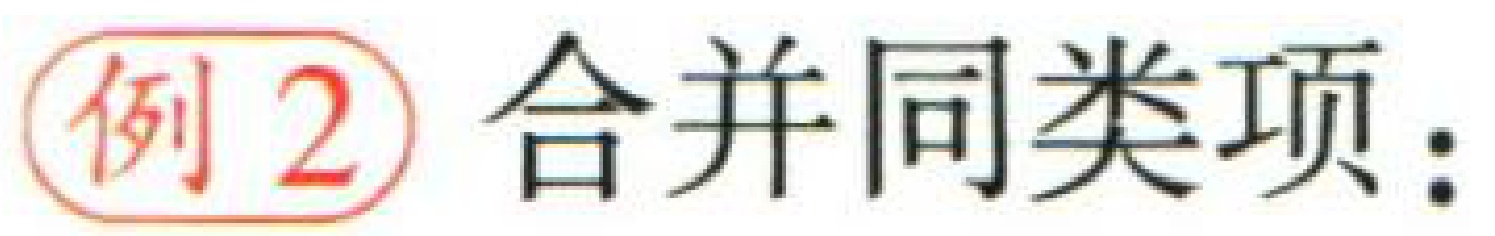
例2 合并同类项：